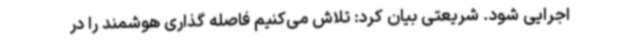
اجرایی شود. شریعتی بیان کرد: تلاش می‌کنیم فاصله گذاری هوشمند را در